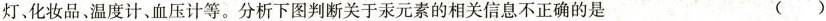
灯、化妆品、温度计、血压计等。分析下图判断关于汞元素的相关信息不正确的是 ( )